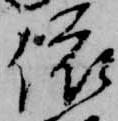
依